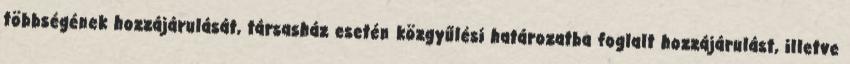
többségének hozzájárulását, társasház esetén közgyűlési határozatba foglalt hozzájárulást, illetve